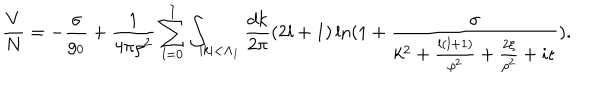
\frac { V } { N } = - \frac { \sigma } { g _ { 0 } } + \frac { 1 } { 4 \pi \rho ^ { 2 } } \sum _ { l = 0 } ^ { I } \int _ { | k | < \Lambda _ { 1 } } \frac { d k } { 2 \pi } ( 2 l + 1 ) \ln ( 1 + \frac { \sigma } { k ^ { 2 } + \frac { l ( l + 1 ) } { \rho ^ { 2 } } + \frac { 2 \xi } { \rho ^ { 2 } } + i \epsilon } ) .